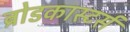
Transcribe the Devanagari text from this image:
ब्रोडकास्टर्स